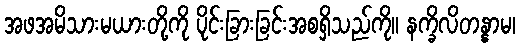
အဖအမိသားမယားတို့ကို ပိုင်းခြားခြင်းအစရှိသည်ကို။ နက္ခိလိတန္နာမ၊